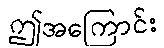
ဤအကြောင်း